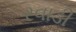
રવાડી